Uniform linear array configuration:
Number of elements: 8
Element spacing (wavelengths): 0.25
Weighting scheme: hann
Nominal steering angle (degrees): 45
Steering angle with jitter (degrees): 45.946
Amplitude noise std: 0.05
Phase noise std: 0.05

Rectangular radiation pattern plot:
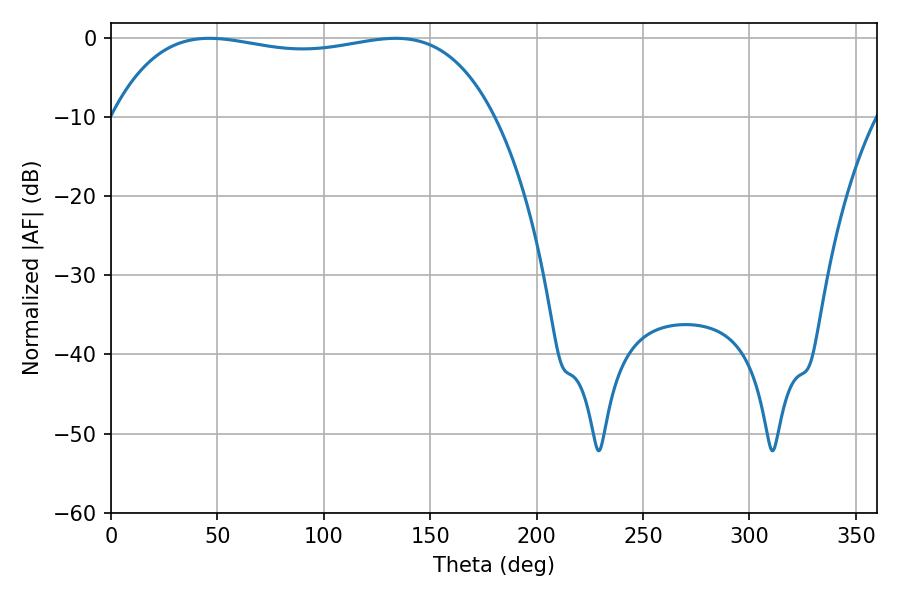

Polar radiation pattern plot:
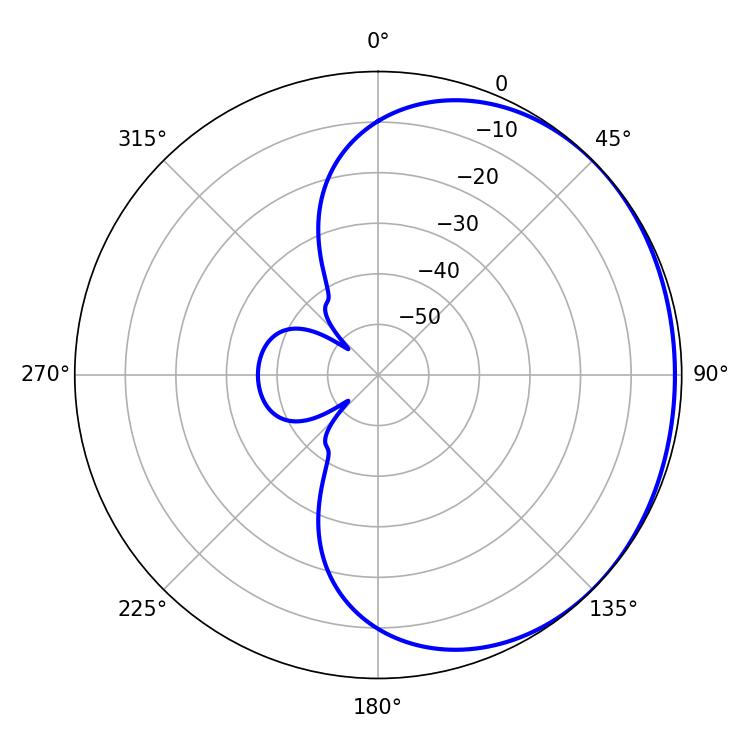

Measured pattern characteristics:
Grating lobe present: FALSE
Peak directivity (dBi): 0.8333
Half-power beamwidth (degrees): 144
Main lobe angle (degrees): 46.26